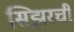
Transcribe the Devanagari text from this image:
सिझरची